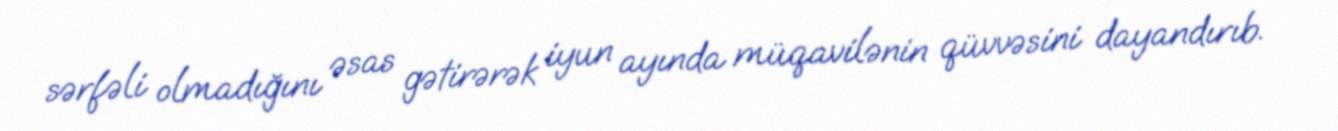
sərfəli olmadığını əsas gətirərək iyun ayında müqavilənin qüvvəsini dayandırıb.